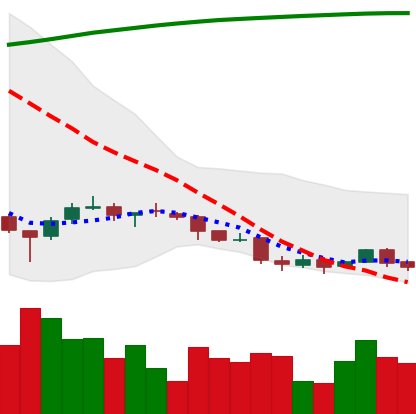
Ticker: DOGE-USD
Chart end date: 2018-04-05
Forward return: 12.122%
Label: up_7plus